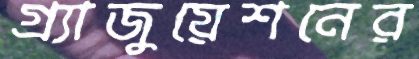
গ্র্যাজুয়েশনের